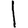
Digit: 1